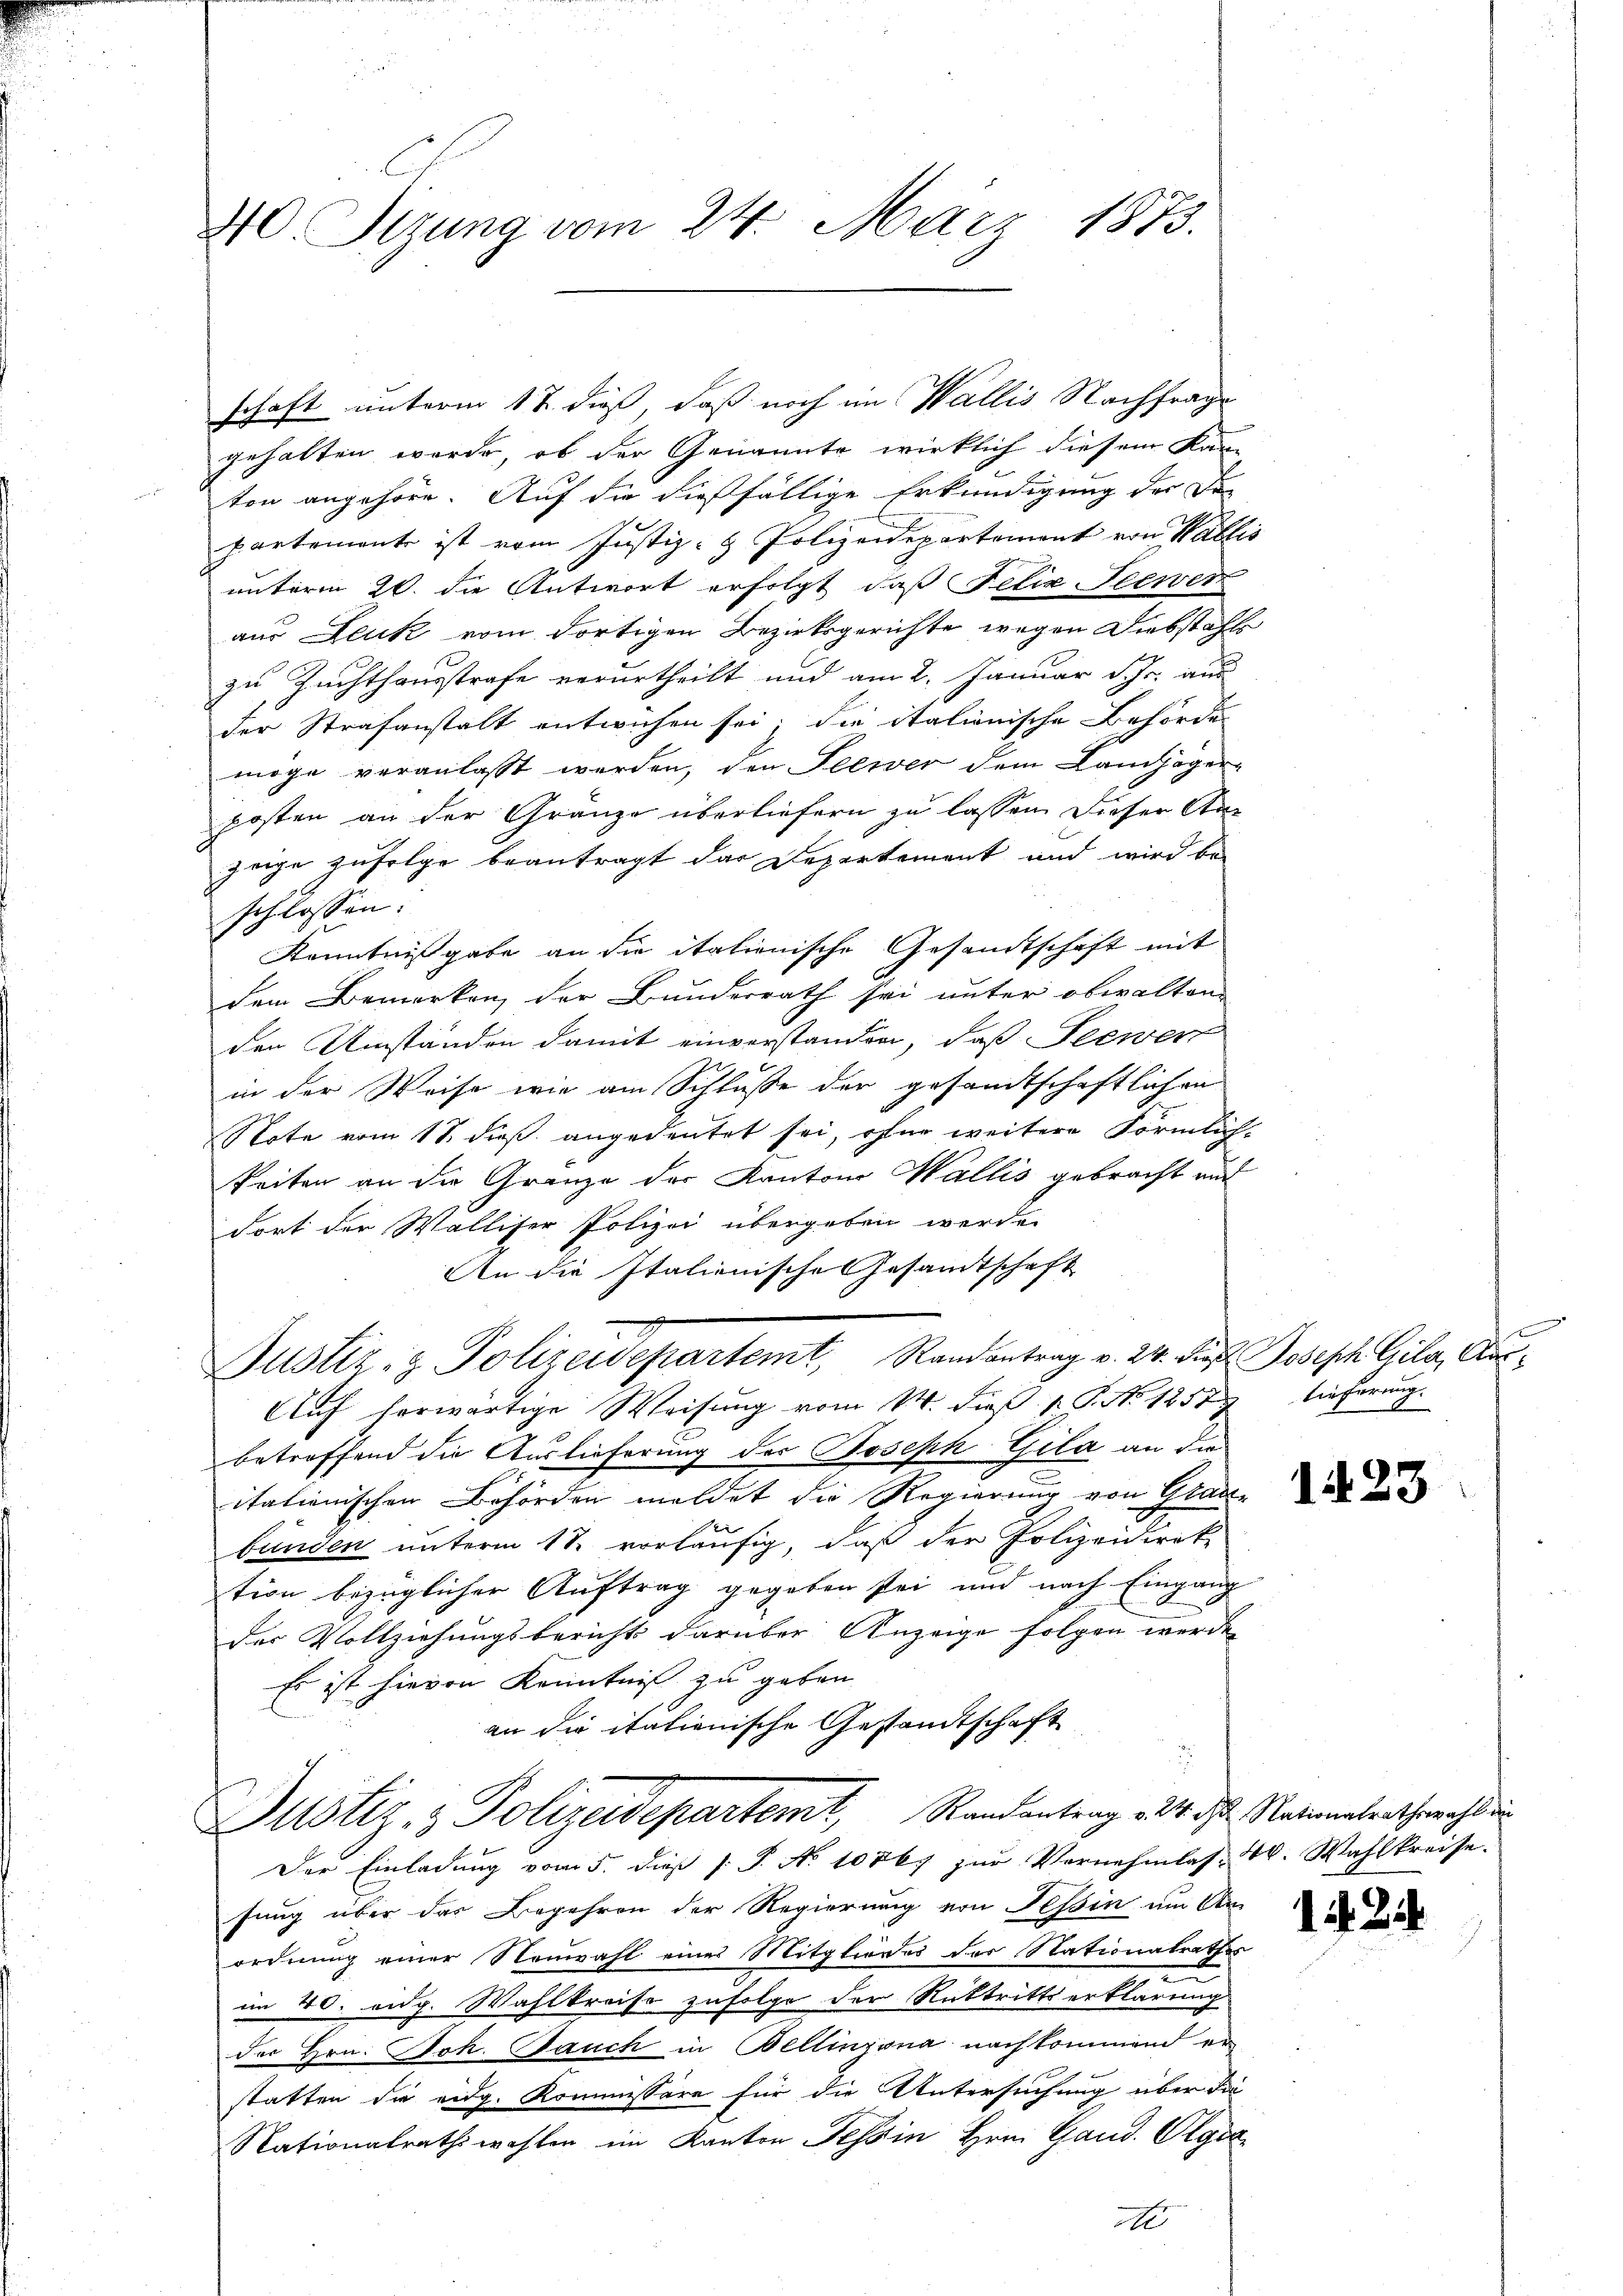
440. Sizung vom 24. März 1873.

schaft unterm 17. dieß, daß noch im Wallis Nachfrage
gehalten werde, ob der Genannte wirklich diesem Kan-
ton angehöre. Auf die dießfällige Erkundigung der den
partement ist vom Justiz- & Polizeidepartement von Wallis
unterm 20. die Antwort erfolgt, daß Felix Teewer
aus Leuk vom dortigen Bezirksgerichte wegen Diebstahls
zu Zuchthausstrafe verurtheilt und am 2. Januar d. Js. aus
der Strafanstalt entwichen sei; die italionische Behörde
möge veranlasst werden, den Seewer dem Landjäger-
posten an der Gränze überliefern zu lassen dieser An-
zage zufolge beantragt das Departement und wird be-
schlossen:
Kenntnißgabe an die italienische Gesandtschaft mit
dem Bemerken, der Bunderrath sei unter obwalten
den Umständen damit einverstanden, daß Seewen
in der Weise wie am Schluße der gesandtschaftlichen
Note vom 11. dieß angedeutet sei, ohne weitere Förmlich-
keiten an die Grenze der Kantone Wallis gebracht auf
dort der Walliser Polizei übergeben werde.
An die Italienische Gesandtschaft
2
Justiz- & Polizeidepartemt, Randantrag v. 24. Die Joseph Gila, Cur
Auf herwärtige Weisung vom 14. dieß P. P. No 1258 Tieferung.
betreffend die Auslieferung des Joseph Gila an die
itationischen Behörden meldet die Regierung von Glau
bunden unterm 18. vorläufig, daß der Polizeidirek-
tion bezüglicher Auftrag gegeben sei und nach Eingang
der Vollziehungsbericht darüber Anzeige folgen werde.
Es ist hievon Kenntniß zu geben.
an die italienische Gestandtschaft
Justiz- & Polizeidepartemt, Randantrag v. 4. ds. Ratinterthorch di
Der Einladung vom 5. dieß P. No 10867 zur Vornehmlasse 4. Wahlkreise.
sung über das Begehren der Regierung von Tessin am An-
ordnung einer Neuwahl eines Mitgliedes der Nationalrathes
im 40. aug. Wahlkreise zufolge der Rücktrittserklärung
der Hrn. Joh. Jauch in Bellinzona nachkommend er
statten die eidg. Kommissäre für die Untersuchung über die
Nationalrathswahlen im Kanton Tessin Hrn. Gand. Olga

125